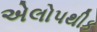
એલોપથીક